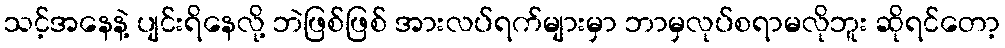
သင့်အနေနဲ့ ပျင်းရိနေလို့ ဘဲဖြစ်ဖြစ် အားလပ်ရက်များမှာ ဘာမှလုပ်စရာမလိုဘူး ဆိုရင်တော့